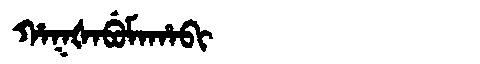
Manchu: ᡥᠠᡴᡧᠠᠪᡠᠮᠠᡥᠠᠪᡳ
Romanization: HAKŠABUMAHABI